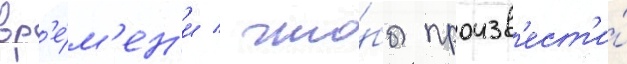
вр'е́м'ен'и / что́бы произв'ест'и́